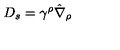
D _ { s } = \gamma ^ { \rho } \hat { \nabla } _ { \rho }